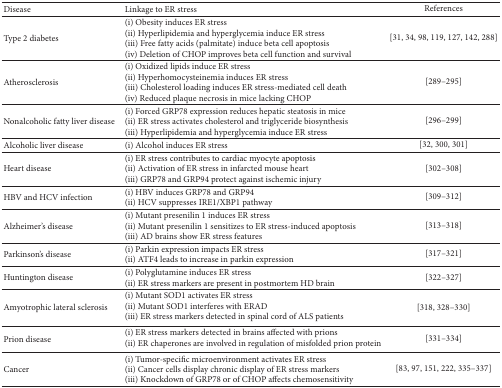
<table><thead><tr><td><b>Disease</b></td><td><b>Linkage to ER stress</b></td><td><b>References</b></td></tr></thead><tbody><tr><td>Type 2 diabetes</td><td>(i) Obesity induces ER stress(ii) Hyperlipidemia and hyperglycemia induce ER stress(iii) Free fatty acids (palmitate) induce beta cell apoptosis(iv) Deletion of CHOP improves beta cell function and survival</td><td>[31, 34, 98, 119, 127, 142, 288]</td></tr><tr><td>Atherosclerosis</td><td>(i) Oxidized lipids induce ER stress(ii) Hyperhomocysteinemia induces ER stress(iii) Cholesterol loading induces ER stress-mediated cell death(iv) Reduced plaque necrosis in mice lacking CHOP</td><td>[289–295]</td></tr><tr><td>Nonalcoholic fatty liver disease</td><td>(i) Forced GRP78 expression reduces hepatic steatosis in mice(ii) ER stress activates cholesterol and triglyceride biosynthesis(iii) Hyperlipidemia and hyperglycemia induce ER stress</td><td>[296–299]</td></tr><tr><td>Alcoholic liver disease</td><td>(i) Alcohol induces ER stress </td><td>[32, 300, 301]</td></tr><tr><td>Heart disease</td><td>(i) ER stress contributes to cardiac myocyte apoptosis(ii) Activation of ER stress in infarcted mouse heart(iii) GRP78 and GRP94 protect against ischemic injury</td><td>[302–308]</td></tr><tr><td>HBV and HCV infection</td><td>(i) HBV induces GRP78 and GRP94(ii) HCV suppresses IRE1/XBP1 pathway</td><td>[309–312]</td></tr><tr><td>Alzheimer&#x27;s disease</td><td>(i) Mutant presenilin 1 induces ER stress(ii) Mutant presenilin 1 sensitizes to ER stress-induced apoptosis(iii) AD brains show ER stress features</td><td>[313–318]</td></tr><tr><td>Parkinson&#x27;s disease</td><td>(i) Parkin expression impacts ER stress(ii) ATF4 leads to increase in parkin expression</td><td>[317–321]</td></tr><tr><td>Huntington disease</td><td>(i) Polyglutamine induces ER stress(ii) ER stress markers are present in postmortem HD brain</td><td>[322–327]</td></tr><tr><td>Amyotrophic lateral sclerosis</td><td>(i) Mutant SOD1 activates ER stress(ii) Mutant SOD1 interferes with ERAD(iii) ER stress markers detected in spinal cord of ALS patients</td><td>[318, 328–330]</td></tr><tr><td>Prion disease</td><td>(i) ER stress markers detected in brains affected with prions(ii) ER chaperones are involved in regulation of misfolded prion protein</td><td>[331–334]</td></tr><tr><td>Cancer</td><td>(i) Tumor-specific microenvironment activates ER stress(ii) Cancer cells display chronic display of ER stress markers(iii) Knockdown of GRP78 or of CHOP affects chemosensitivity</td><td>[83, 97, 151, 222, 335–337]</td></tr></tbody></table>